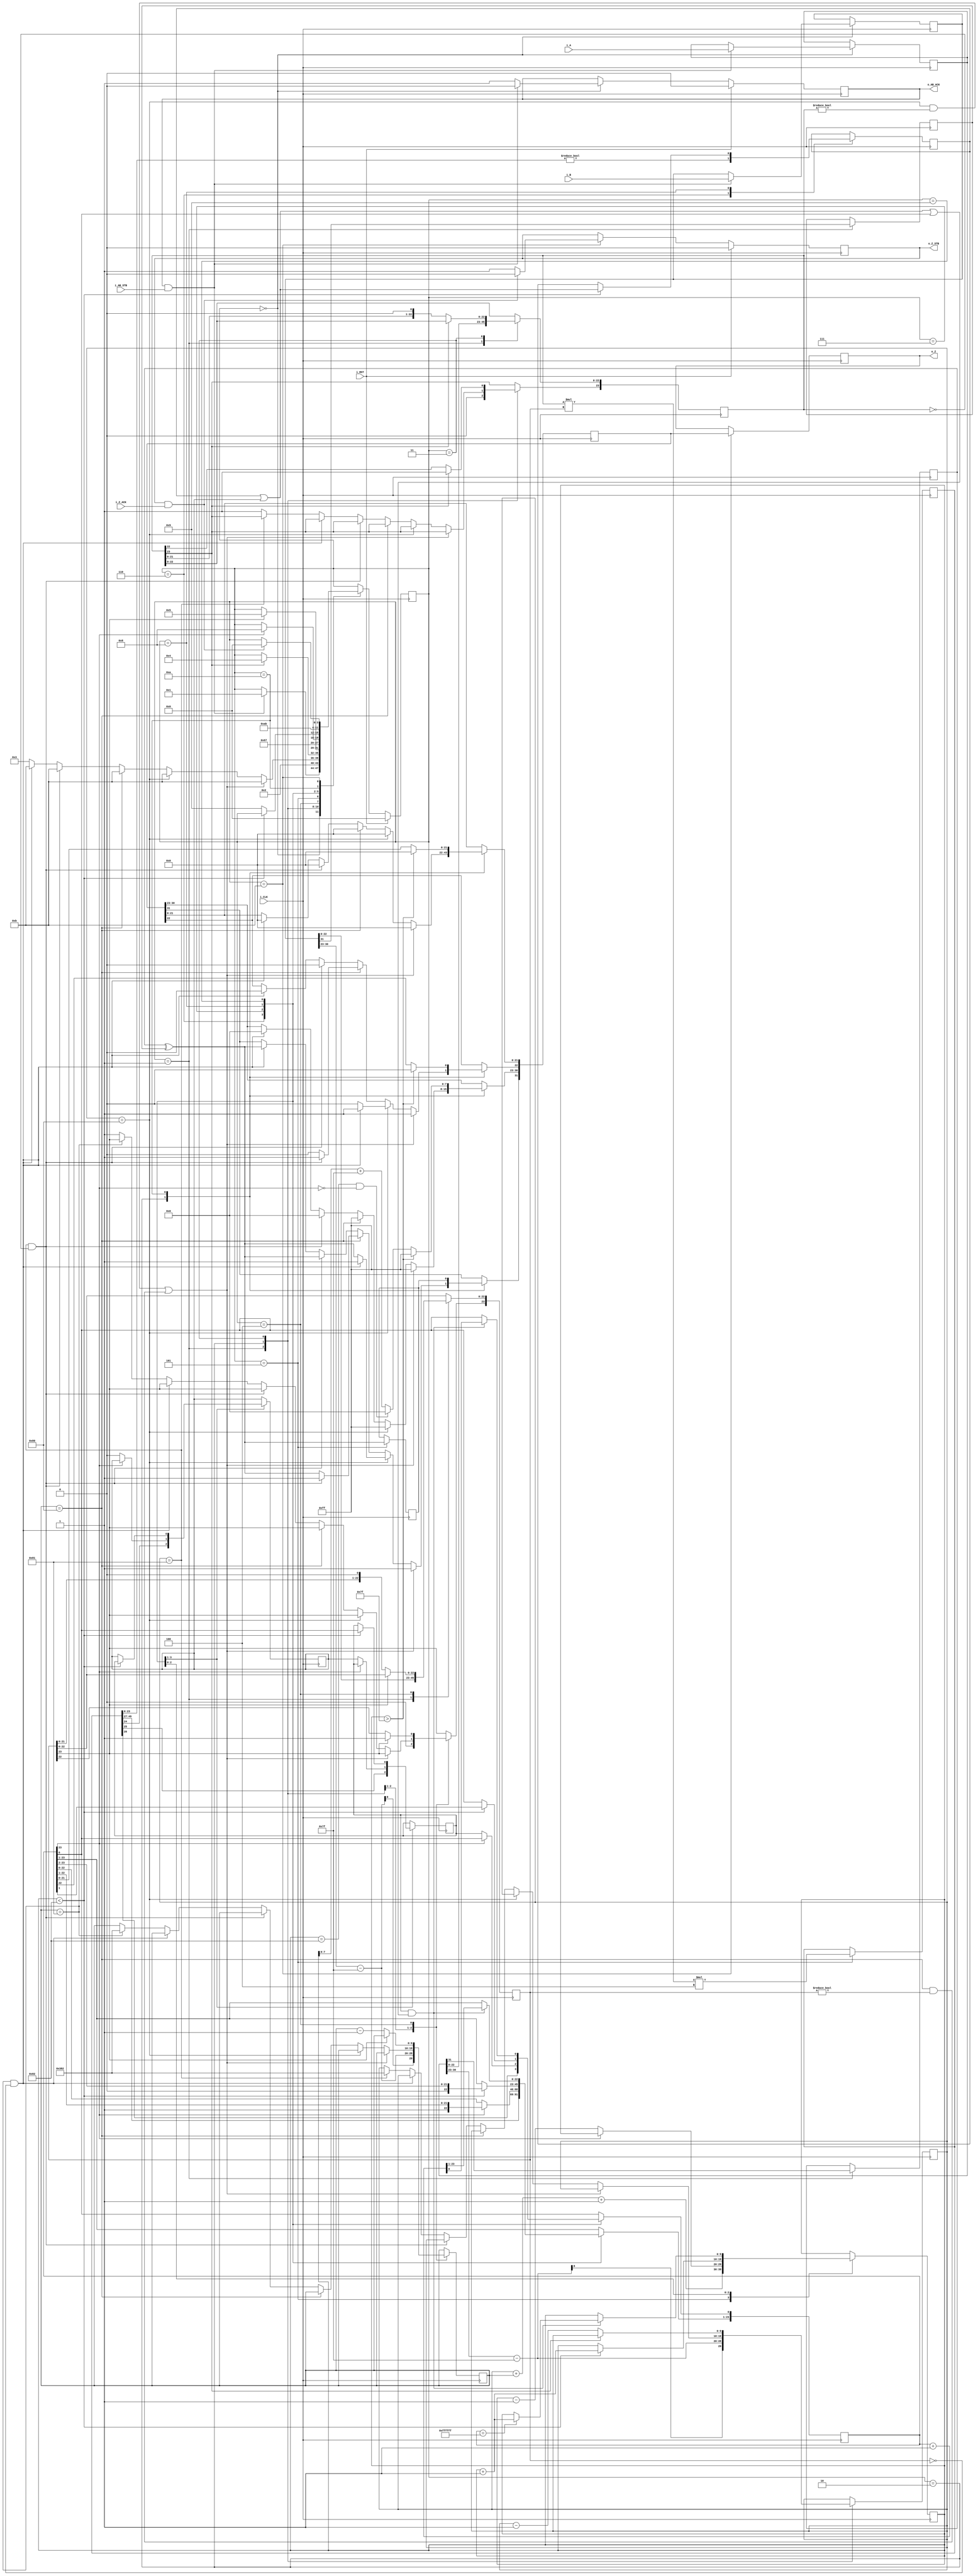
//IEEE Floating Point Multiplier (Single Precision)
//Copyright (C) Jonathan P Dawson 2013
//2013-12-12
// A*B => Z
module float_multiplier(
  input [31:0] i_A, // input a
  input [31:0] i_B, // input b
  input i_AB_STB, // input data is valid
  output reg o_AB_ACK, // A flag that next calculation is ready
  output reg [31:0] o_Z,  // output data
  output reg o_Z_STB, // Calculation is done, and output data is valid
  input i_Z_ACK, // A flag that external module get data, so, o_Z is going to meaningless
  // it can be used as elongating o_Z_STB High (1)
  input i_CLK, // clock
  input i_RST // reset activate High(1)(synchronous)
  );
  // CHANGED: remove state get_b
  reg       [3:0] state;
  parameter get_ab         = 4'd0,
            unpack        = 4'd1,
            special_cases = 4'd2,
            normalise_a   = 4'd3,
            normalise_b   = 4'd4,
            multiply_0    = 4'd5,
            multiply_1    = 4'd6,
            normalise_1   = 4'd7,
            normalise_2   = 4'd8,
            round         = 4'd9,
            pack          = 4'd10,
            put_z         = 4'd11;

  reg       [31:0] a, b, z;
  reg       [23:0] a_m, b_m, z_m;
  reg       [9:0] a_e, b_e, z_e;
  reg       a_s, b_s, z_s;
  reg       guard, round_bit, sticky;
  reg       [49:0] product;
  // sync_set_reset directive does not affect the logical behavior of a design 
  // instead it only impacts the functional implementation of design 
  // this swithch make DC avoid re-synthesizing the design late 
  // synopsys sync_set_reset "i_RST"

  always @(posedge i_CLK)
  begin
    case(state)
      get_ab:
      begin
        o_AB_ACK <= 1;
		    if (o_AB_ACK && i_AB_STB) begin
          a <= i_A;
          b <= i_B;
			    o_AB_ACK <= 0;
			    state <= unpack;
        end
      end

      unpack:
      begin
        a_m <= a[22 : 0];
        b_m <= b[22 : 0];
        a_e <= a[30 : 23] - 8'h7f;
        b_e <= b[30 : 23] - 8'h7f;
        a_s <= a[31];
        b_s <= b[31];
        state <= special_cases;
      end

      special_cases:
      begin
        //if a is NaN or b is NaN return NaN
        if ((a_e == 128 && a_m != 0) || (b_e == 128 && b_m != 0)) begin
          z[31] <= 1;
          z[30:23] <= 255;
          z[22] <= 1;
          z[21:0] <= 0;
          state <= put_z;
        //if a is inf return inf
        end else if (a_e == 128) begin
          z[31] <= a_s ^ b_s;
          z[30:23] <= 255;
          z[22:0] <= 0;
          //if b is zero return NaN
          if (($signed(b_e) == -127) && (b_m == 0)) begin
            z[31] <= 1;
            z[30:23] <= 255;
            z[22] <= 1;
            z[21:0] <= 0;
          end
          state <= put_z;
        //if b is inf return inf
        end else if (b_e == 128) begin
          z[31] <= a_s ^ b_s;
          z[30:23] <= 255;
          z[22:0] <= 0;
          //if a is zero return NaN
          if (($signed(a_e) == -127) && (a_m == 0)) begin
            z[31] <= 1;
            z[30:23] <= 255;
            z[22] <= 1;
            z[21:0] <= 0;
          end
          state <= put_z;
        //if a is zero return zero
        end else if (($signed(a_e) == -127) && (a_m == 0)) begin
          z[31] <= a_s ^ b_s;
          z[30:23] <= 0;
          z[22:0] <= 0;
          state <= put_z;
        //if b is zero return zero
        end else if (($signed(b_e) == -127) && (b_m == 0)) begin
          z[31] <= a_s ^ b_s;
          z[30:23] <= 0;
          z[22:0] <= 0;
          state <= put_z;
        end else begin
          //Denormalised Number
          if ($signed(a_e) == -127) begin
            // TODO why $signed(10'b1001111110)(-126) is worked in float_adder
            // not in float_multiplier?
            a_e <= -126;
          end else begin
            a_m[23] <= 1;
          end
          //Denormalised Number
          if ($signed(b_e) == -127) begin
            b_e <= -126; // -126
          end else begin
            b_m[23] <= 1;
          end
          state <= normalise_a;
        end
      end

      normalise_a:
      begin
        if (a_m[23]) begin
          state <= normalise_b;
        end else begin
          a_m <= a_m << 1;
          a_e <= a_e - 1'b1;
        end
      end

      normalise_b:
      begin
        if (b_m[23]) begin
          state <= multiply_0;
        end else begin
          b_m <= b_m << 1;
          b_e <= b_e - 1'b1;
        end
      end

      multiply_0:
      begin
        z_s <= a_s ^ b_s;
        z_e <= a_e + b_e + 1'b1;
        product <= a_m * b_m * 4;
        state <= multiply_1;
      end

      multiply_1:
      begin
        z_m <= product[49:26];
        guard <= product[25];
        round_bit <= product[24];
        sticky <= (product[23:0] != 0);
        state <= normalise_1;
      end

      normalise_1:
      begin
        if (z_m[23] == 0) begin
          z_e <= z_e - 1'b1;
          z_m <= z_m << 1;
          z_m[0] <= guard;
          guard <= round_bit;
          round_bit <= 0;
        end else begin
          state <= normalise_2;
        end
      end

      normalise_2:
      begin
        if ($signed(z_e) < -126) begin
          z_e <= z_e + 1'b1;
          z_m <= z_m >> 1;
          guard <= z_m[0];
          round_bit <= guard;
          sticky <= sticky | round_bit;
        end else begin
          state <= round;
        end
      end

      round:
      begin
        if (guard && (round_bit | sticky | z_m[0])) begin
          z_m <= z_m + 1'b1;
          if (z_m == 24'hffffff) begin
            z_e <=z_e + 1'b1;
          end
        end
        state <= pack;
      end

      pack:
      begin
        z[22 : 0] <= z_m[22:0];
        z[30 : 23] <= z_e[7:0] + 8'h7f;
        z[31] <= z_s;
        if ($signed(z_e) == -126 && z_m[23] == 0) begin
          z[30 : 23] <= 0;
        end
        //if overflow occurs, return inf
        if ($signed(z_e) > 127) begin
          z[22 : 0] <= 0;
          z[30 : 23] <= 255;
          z[31] <= z_s;
        end
        state <= put_z;
      end

      put_z:
      begin
        //even if o_Z_STB is high when mother module doesn't want data(output_z_ack low) stay still
        // TODO : keep stb flag one clock
        o_Z_STB <= 1;
        o_Z <= z;
        if (o_Z_STB && i_Z_ACK) begin
          o_Z_STB <= 0;
          state <= get_ab;
        end
      end
    endcase

    if (i_RST == 1) begin
      state <= get_ab;
      o_AB_ACK <= 0;
      o_Z_STB <= 0;
    end
  end

endmodule